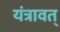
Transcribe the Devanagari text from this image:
यंत्रावत्